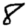
Digit: 8